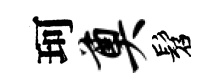
珂奠髫